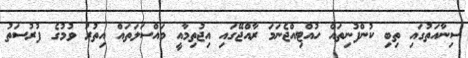
ސިނާއަތުގައި ތިބި ކުންފުނިތައް ހުއްޓިއްޖެނަމަ ރާއްޖޭގައި އިޖުތިމާއީ މައްސަލަތައް އިތުރު ވުމުގެ ފުރުސަތު